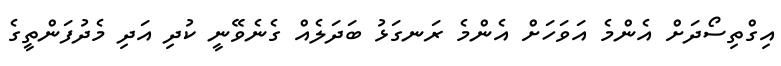
އިގްތިސޯދަށް އެންމެ އަވަހަށް އެންމެ ރަނގަޅު ބަދަލެއް ގެނެވޭނީ ކުދި އަދި މެދުފަންތީގެ